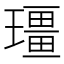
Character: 𪼡